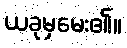
ယခုမှမေး၏။